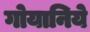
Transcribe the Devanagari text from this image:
गोयानिये